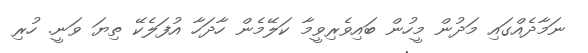
ނަމާދެއްގައި މަދުން މީހުން ބައިވެރިވީމާ ކަލޭމެން ހާދަހާ އުފަލެކޭ ތިޔަ ވަނީ. ހުރި